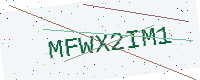
Text: MFWX2IM1